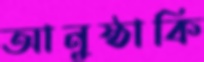
আনুষ্ঠাকি